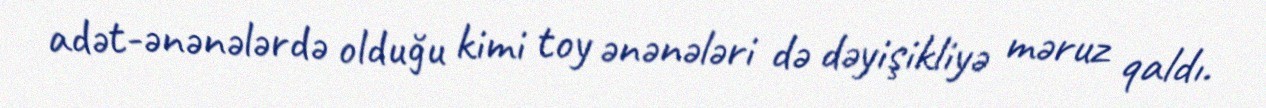
adət-ənənələrdə olduğu kimi toy ənənələri də dəyişikliyə məruz qaldı.